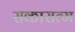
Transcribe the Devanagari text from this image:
सकारात्म